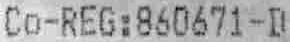
CO-REG:860671-D